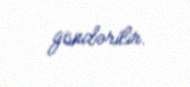
göndərilir.